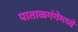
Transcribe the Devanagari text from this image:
पाताळगंगेमध्ये